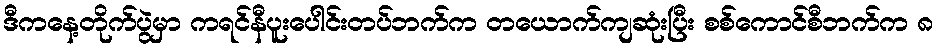
ဒီကနေ့တိုက်ပွဲမှာ ကရင်နီပူးပေါင်းတပ်ဘက်က တယောက်ကျဆုံးပြီး စစ်ကောင်စီဘက်က ၈